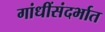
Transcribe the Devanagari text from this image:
गांधींसंदर्भात